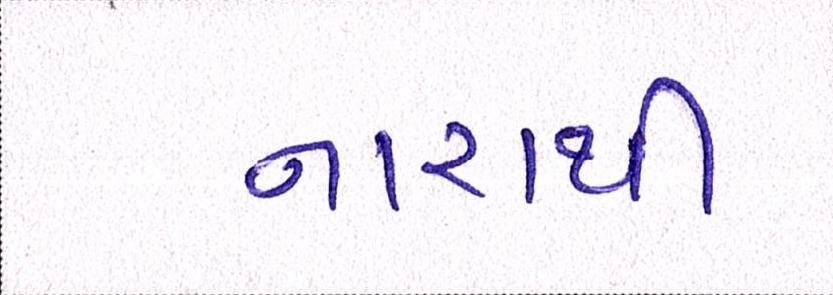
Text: નારાથી